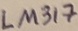
Text: LM317